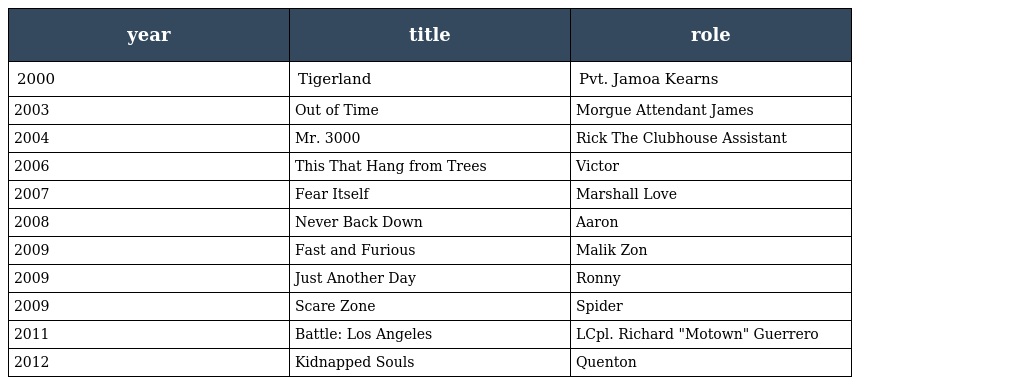
| year | title | role |
 | --- | --- | --- |
 | 2000 | Tigerland | Pvt. Jamoa Kearns |
 | 2003 | Out of Time | Morgue Attendant James |
 | 2004 | Mr. 3000 | Rick The Clubhouse Assistant |
 | 2006 | This That Hang from Trees | Victor |
 | 2007 | Fear Itself | Marshall Love |
 | 2008 | Never Back Down | Aaron |
 | 2009 | Fast and Furious | Malik Zon |
 | 2009 | Just Another Day | Ronny |
 | 2009 | Scare Zone | Spider |
 | 2011 | Battle: Los Angeles | LCpl. Richard "Motown" Guerrero |
 | 2012 | Kidnapped Souls | Quenton |